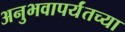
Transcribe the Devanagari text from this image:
अनुभवापर्यंतच्या